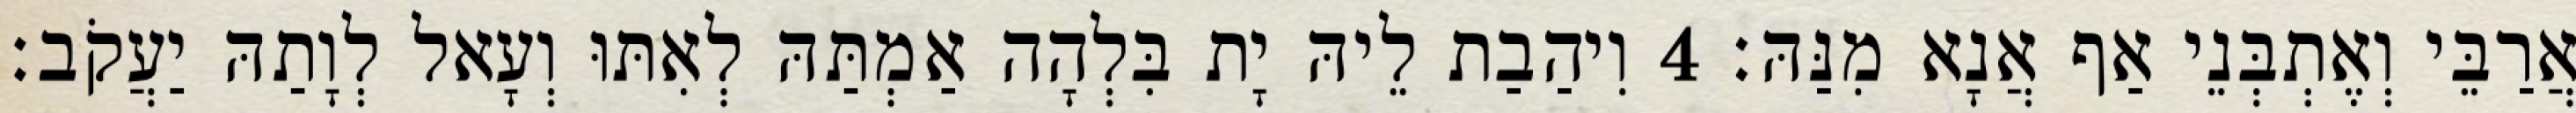
אֲרַבֵּי וְאֶתְבְּנֵי אַף אֲנָא מִנַּהּ׃ 4 וִיהַבַת לֵיהּ יָת בִּלְהָה אַמְתַּהּ לְאִתּוּ וְעָאל לְוָתַהּ יַעֲקֹב׃